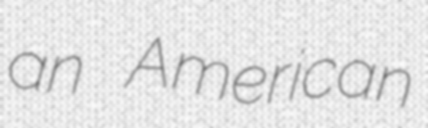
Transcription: an American